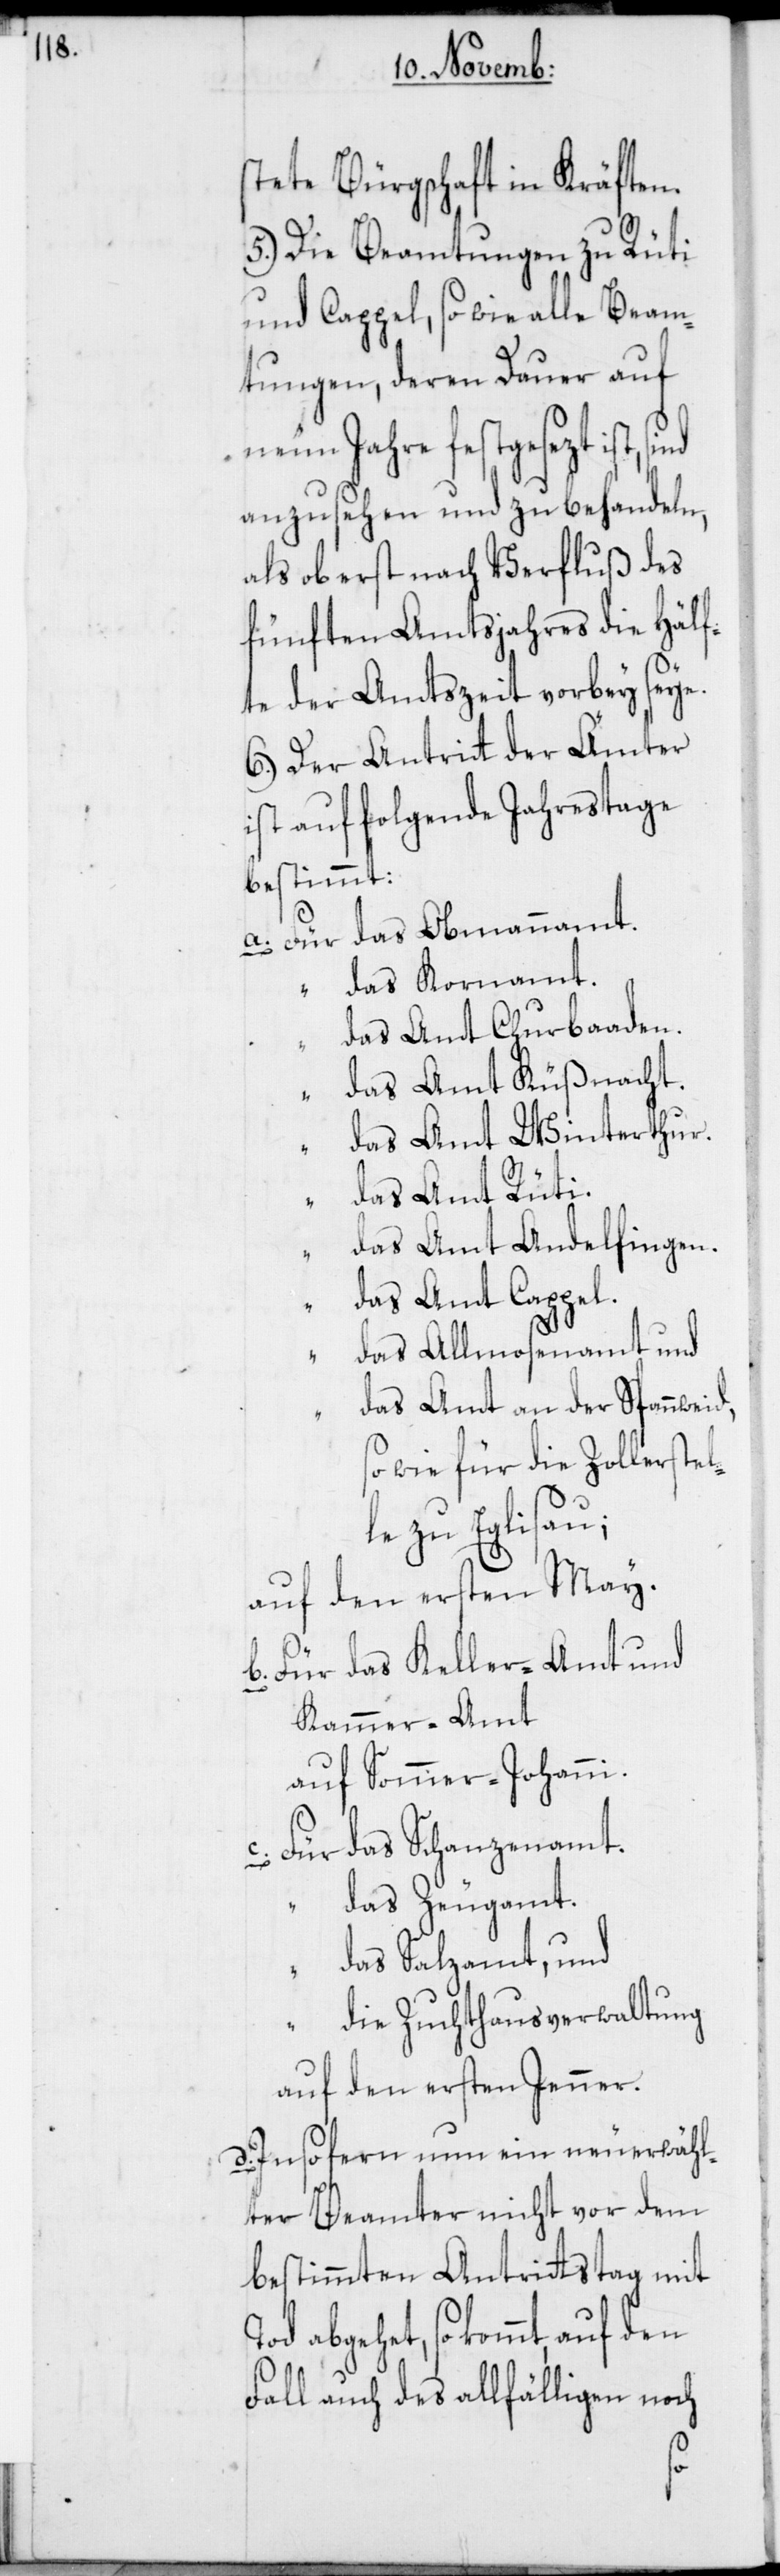
stete Bürgschaft in Kräften.
5.) Die Beamtungen zu Rüti
und Cappel, so wie alle Beam¬
tungen, deren Dauer auf
neun Jahre festgesezt ist,
anzusehen und zu behandeln,
als ob erst nach Verfluß des
fünften Amtsjahres die Hälf¬
te der Amtszeit vorbey seye.
6.) Der Antritt der Ämter
ist auf folgende Jahrestage
bestimmt:
a. Für das Obmannamt.
“ das Kornamt.
“ das Amt Churbaaden.
“ das Amt Küßnacht.
das Amt Winterthur.
“ das Amt Rüti.
“ das Amt Andelfingen.
das Amt Cappel.
das Allmosenamt und
das Amt an der Spannweid,
so wie für die Zollerstel¬
le zu Eglisau;
auf den ersten May.
b. Für das Keller-Amt und
Kammer-Amt
auf Sommer-Johanni.
c. Für das Schanzenamt.
“ das Zeugamt.
das Salzamt, und
“ die Zuchthausverwaltung
auf den ersten Jenner.
d. In so fern nun ein neuerwähl¬
ter Beamter nicht vor dem
bestimmten Antrittstag mit
abgehet, so kommt, auf den
Fall auch des allfälligen noch